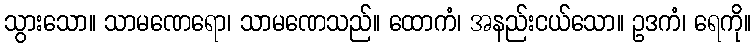
သွားသော။ သာမဏေရော၊ သာမဏေသည်။ ထောကံ၊ အနည်းငယ်သော။ ဥဒကံ၊ ရေကို။